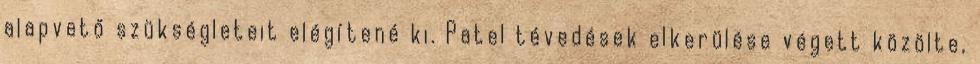
alapvető szükségleteit elégítené ki. Patel tévedések elkerülése végett közölte,